Scottish Leaving Certificate Examination, 1959
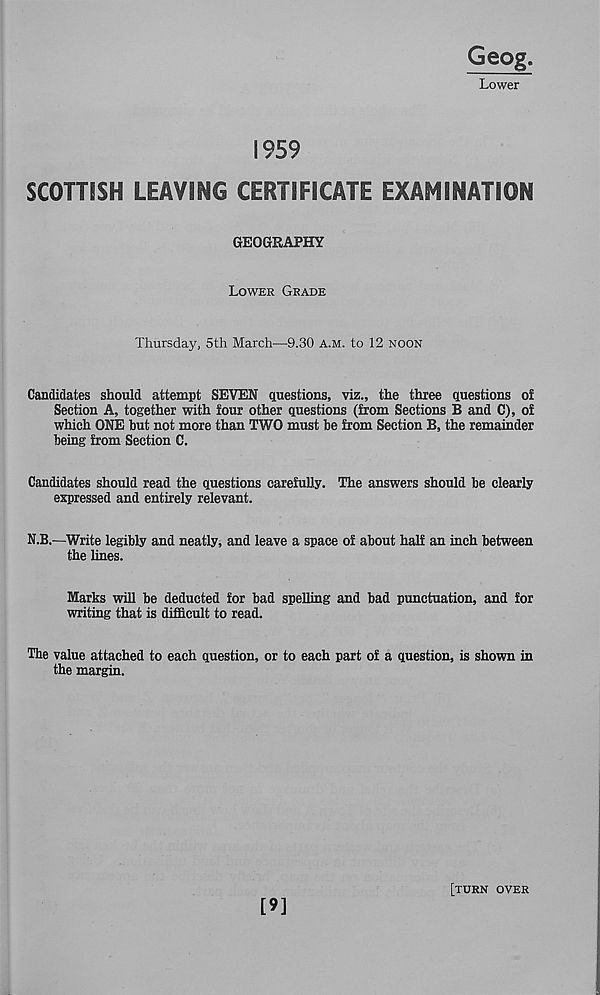
Geog.
Lower
1959
SCOTTISH LEAVING CERTIFICATE EXAMINATION
GEOGRAPHY
Lower Grade
Thursday, 5th March—9.30 A.m. to 12 noon
Candidates should attempt SEVEN questions, viz., the three questions of
Section A, together with four other questions (from Sections B and C), of
which ONE hut not more than TWO must he from Section B, the remainder
being from Section C.
Candidates should read the questions carefully. The answers should he clearly
expressed and entirely relevant.
N.B.—Write legihly and neatly, and leave a space of about half an inch between
the lines.
Marks will he deducted for had spelling and had punctuation, and for
writing that is difficult to read.
The value attached to each question, or to each part of a question, is shown in
the margin.
[9]
[turn over